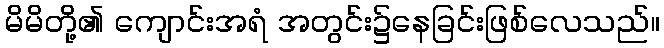
မိမိတို့၏ ကျောင်းအရံ အတွင်း၌နေခြင်းဖြစ်လေသည်။